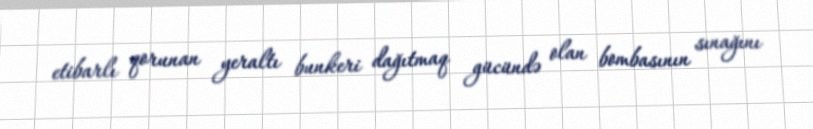
etibarlı qorunan yeraltı bunkeri dağıtmaq gücündə olan bombasının sınağını